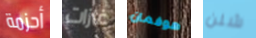
أحزمة غازات هوفمان شلن